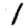
Digit: 1